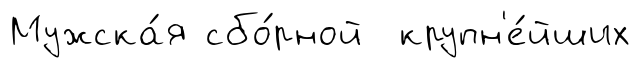
Мужска́я сбо́рной крупн'е́йших